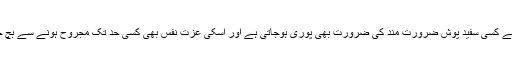
اسطرح سے کسی سفید پوش ضرورت مند کی ضرورت بھی پوری ہوجاتی ہے اور اسکی عزت نفس بھی کسی حد تک مجروح ہونے سے بچ جاتی ہے ۔